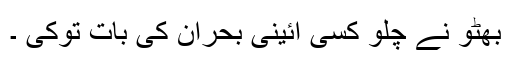
بھٹو نے چلو کسی آئینی بحران کی بات توکی ۔